Report on vaccination in Madras 1877-1894 - 1877-1894
Year: 1877
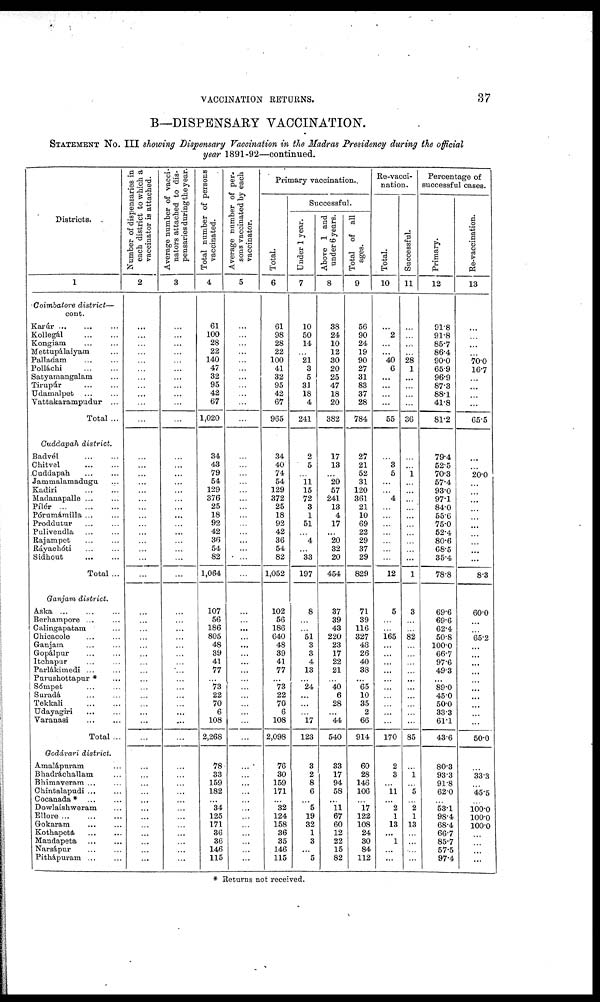
VACCINATION RETURNS.
37
B—DISPENSARY VACCINATION.
STATEMENT No. III showing Dispensary Vaccination in the Madras Presidency during the official
year 1891-92—continued.
Districts.
1
Coimbatore district—
cont.
Karúr ... ... ...
Kollegál
...
...
Kongiam
...
...
Mettupálaiyam ...
Palladam ... ...
Polláchi
...
...
Satyamangalam ...
Tirupúr ... ...
Udamalpet ... ...
Vattakarampudur ...
Total ...
Cuddapah district.
Badvél
...
...
Chitvel
...
...
Cuddapah
...
...
Jammalamadugu ...
Kadiri ... ...
Madanapalle ... ...
Pílér
...
...
...
Pórumámilla ... ...
Proddutur ... ...
Pulivendla ... ...
Rajampet ... ...
Ráyachóti ... ...
Sidhout ... ...
Total ...
Ganjam district.
Aska ... ... ...
Berhampore ... ...
Calingapatam ...
Chicacole
...
...
Ganjam ... ...
Gopálpur ... ...
Itchapur ... ...
Parlákimedi ... ...
Purushottapur * ...
Sómpet ... ...
Suradá ... ...
Tekkali
...
...
Udayagiri ... ...
Varanasi
...
...
Total ...
Godávari district.
Amalápuram ...
Bhadráchallam ...
Bhimaveram ... ...
Chintalapudi ... ...
Cocanada * ... ...
Dowlaishweram ...
Ellore
...
...
...
Gokaram
...
...
Kothapeta
...
...
Mandapeta ... ...
Narsápur ... ...
Pithápuram ... ...
Number of dispensaries in
each district to which a
vaccinator is attached.
2
...
...
...
...
...
...
...
...
...
...
...
...
...
...
...
...
...
...
...
...
...
...
...
...
...
...
...
...
...
...
...
...
...
...
...
...
...
...
...
...
...
...
...
...
...
...
...
...
...
...
...
...
Average number of vacci-
nators attached to dis-
pensaries during the year.
3
...
...
...
...
...
...
...
...
...
...
...
...
...
...
...
...
...
...
...
...
...
...
...
...
...
...
...
...
...
...
...
...
...
...
...
...
...
...
...
...
...
...
...
...
...
...
...
...
...
...
...
...
Total number of persons
vaccinated.
4
61
100
28
22
140
47
32
95
42
67
1,020
34
43
79
54
129
376
25
18
92
42
36
54
82
1,064
107
56
186
805
48
39
41
77
...
73
22
70
6
108
2,268
78
33
159
182
...
34
125
171
36
36
146
115
Average number of per-
sons vaccinated by each
vaccinator.
5
...
...
...
...
...
...
...
...
...
...
...
...
...
...
...
...
...
...
...
...
...
...
...
...
...
...
...
...
...
...
...
...
...
...
...
...
...
...
...
...
...
...
...
...
...
...
...
...
...
...
...
...
Primary vaccination..
Total.
6
61
98
28
22
100
41
32
95
42
67
965
34
40
74
54
129
372
25
18
92
42
36
54
82
1,052
102
56
186
640
48
39
41
77
...
73
22
70
6
108
2,098
76
30
159
171
...
32
124
158
36
35
146
115
Successful.
Under 1 year.
7
10
50
14
...
21
3
5
31
18
4
241
2
5
...
11
15
72
3
1
51
...
4
...
33
197
8
...
...
51
3
3
4
13
...
24
...
...
...
17
123
3
2
8
6
... 5
19
32
1
3
...
5
Above 1 and
under 6 years.
8
38
24
10
12
30
20
25
47
18
20
382
17
13
...
20
57
241
13
4
17
...
20
32
20
454
37
39
43
220
23
17
22
21
...
40
6
28
...
44
540
33
17
94
58
...
11
67
60
12
22
15
82
Total of all
ages.
9
56
90
24
19
90
27
31
83
37
28
784
27
21
52
31
120
361
21
10
69
22
29
37
29
829
71
39
116
327
48
26
40
38
...
65
10
35
2
66
914
60
28
146
106
...
17
122
108
24
30
84
112
Re-vacci-
nation.
Total.
10
...
2
...
...
40
6
...
...
...
...
55
...
3
5
...
...
4
...
...
...
...
...
...
...
12
5
...
...
165
...
...
...
...
...
...
...
...
...
...
170
2
3
...
11
... 2
1
13
...
1
...
...
Successful.
11
...
...
...
...
28
1
...
...
...
...
36
...
...
1
...
...
...
...
...
...
...
...
...
...
1
3
...
...
82
...
...
...
...
...
...
...
...
...
...
85
...
1
...
5
...
2
1
13
...
...
...
...
Percentage of
successful cases.
Primary.
12
91.8
91.8
85.7
86.4
90.0
65.9
96.9
87.3
88.1
41.8
81.2
79.4
52.5
70.3
57.4
93.0
97.1
84.0
55.6
75.0
52.4
80.6
68.5
35.4
78.8
69.6
69.6
62.4
50.8
100.0
66.7
97.6
49.3
...
89.0
45.0
50.0
33.3
61.1
43.6
80.3
93.3
91.8
62.0
...
53.1
98.4
68.4
66.7
85.7
57.5
97.4
Re-vaccination.
13
...
...
...
...
70.0
16.7
...
...
...
...
65.5
...
...
20.0
...
...
...
...
...
...
...
...
...
...
8.3
60.0
...
...
66.2
...
...
...
...
...
...
...
...
...
...
50.0
...
33.3
...
45.5
...
100.0
100.0
100.0
...
...
...
...
* Returns not received.